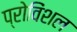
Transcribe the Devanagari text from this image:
प्रोविंशल